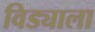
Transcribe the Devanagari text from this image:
विड्याला